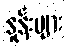
နှုန်းများ